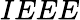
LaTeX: IEEE